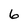
Character: 6